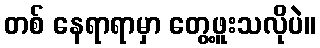
တစ် နေရာရာမှာ တွေ့ဖူးသလိုပဲ။